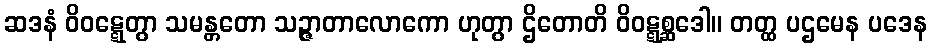
ဆဒနံ ဝိဝဋ္ဋေတွာ သမန္တတော သဉ္ဇာတာလောကော ဟုတွာ ဌိတောတိ ဝိဝဋ္ဋစ္ဆဒေါ။ တတ္ထ ပဌမေန ပဒေန